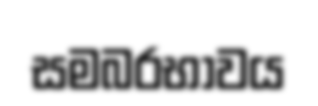
සමබරභාවය